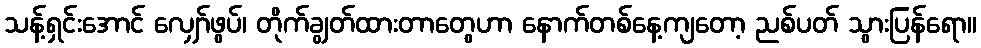
သန့်ရှင်းအောင် လျှော်ဖွပ်၊ တိုက်ချွတ်ထားတာတွေဟာ နောက်တစ်နေ့ကျတော့ ညစ်ပတ် သွားပြန်ရော။